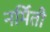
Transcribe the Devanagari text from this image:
नर्मिती